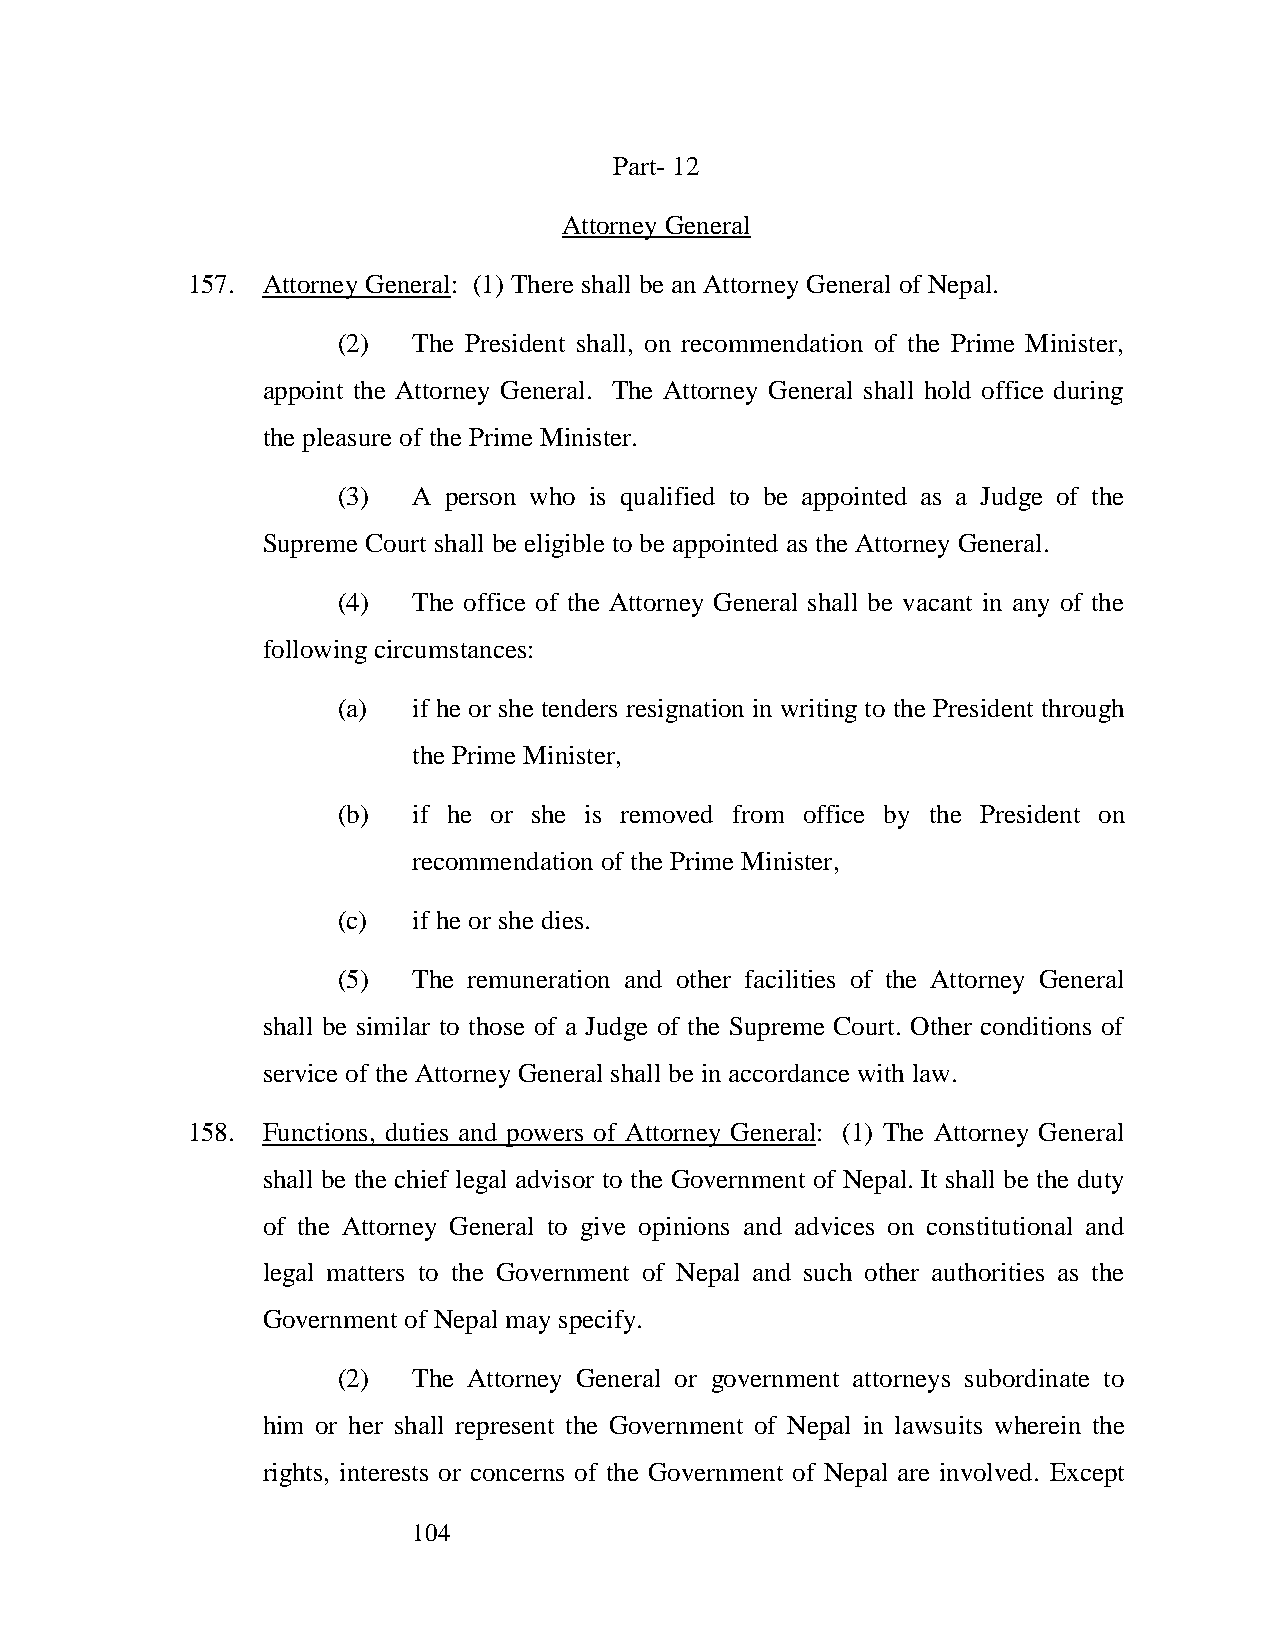
Part- 12
 Attorney General
 157. Attorney General: (1) There shall be an Attorney General of Nepal.
 (2)  The President shall, on recommendation of the Prime Minister,
 appoint the Attorney General. The Attorney General shall hold office during
 the pleasure of the Prime Minister.
 (3)  A person who is qualified to be appointed as a Judge of the
 Supreme Court shall be eligible to be appointed as the Attorney General.
 (4)  The office of the Attorney General shall be vacant in any of the
 following circumstances:
 (a)  if he or she tenders resignation in writing to the President through
 the Prime Minister,
 (b)  if he or she is removed from office by the President on
 recommendation of the Prime Minister,
 (c)  if he or she dies.
 (5)  The remuneration and other facilities of the Attorney General
 shall be similar to those of a Judge of the Supreme Court. Other conditions of
 service of the Attorney General shall be in accordance with law.
 158. Functions, duties and powers of Attorney General: (1) The Attorney General
 shall be the chief legal advisor to the Government of Nepal. It shall be the duty
 of the Attorney General to give opinions and advices on constitutional and
 legal matters to the Government of Nepal and such other authorities as the
 Government of Nepal may specify.
 (2)  The Attorney General or government attorneys subordinate to
 him or her shall represent the Government of Nepal in lawsuits wherein the
 rights, interests or concerns of the Government of Nepal are involved. Except
 104